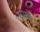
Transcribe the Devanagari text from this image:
थोथे